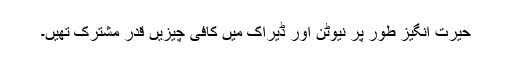
حیرت انگیز طور پر نیوٹن اور ڈیراک میں کافی چیزیں قدر مشترک تھیں۔